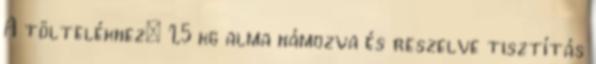
A töltelékhez: 1,5 kg alma hámozva és reszelve tisztítás